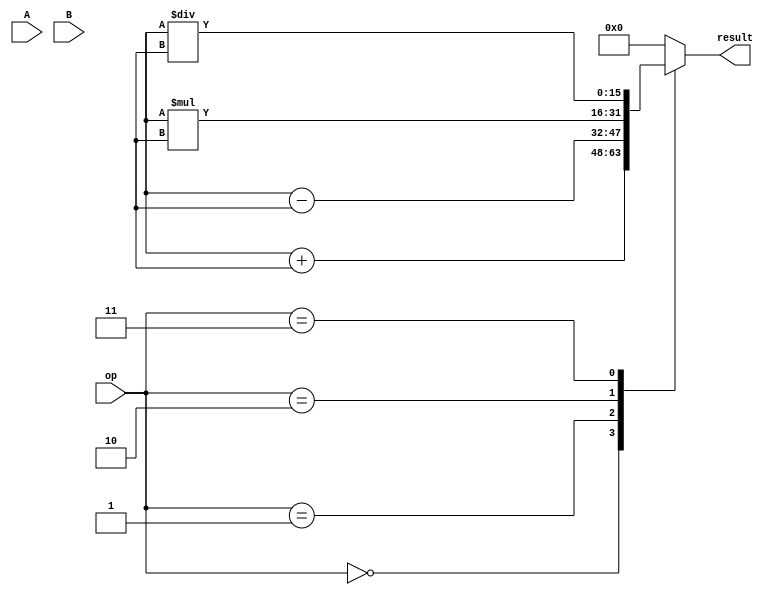
module ALU(
    input wire [15:0] A,
    input wire [15:0] B,
    input wire [2:0] op,
    output wire [15:0] result
);

// Input and output registers
reg [15:0] A_reg;
reg [15:0] B_reg;

// Arithmetic blocks
reg [15:0] add_result;
reg [15:0] sub_result;
reg [15:0] mul_result;
reg [15:0] div_result;

// Multiplexers
always @(*)
begin
    case(op)
        3'b000 : result = add_result;
        3'b001 : result = sub_result;
        3'b010 : result = mul_result;
        3'b011 : result = div_result;
        default: result = 16'b0;
    endcase
end

// Carry-lookahead logic
// Add the carry-lookahead logic here

// Arithmetic blocks implementation
always @(*)
begin
    // Addition
    add_result = A_reg + B_reg;
    
    // Subtraction
    sub_result = A_reg - B_reg;
    
    // Multiplication
    mul_result = A_reg * B_reg;
    
    // Division
    div_result = A_reg / B_reg;
end

endmodule